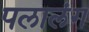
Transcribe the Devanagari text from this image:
पलालंग